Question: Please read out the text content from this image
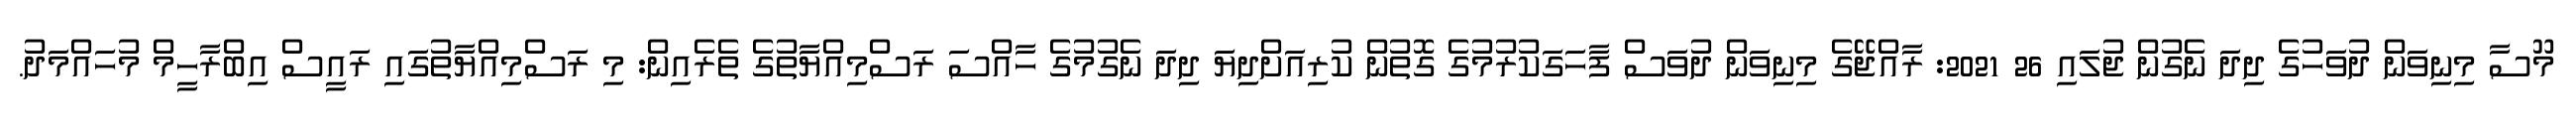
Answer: މޫސާ މިނިވަން ދުވަހުގެ ދިދަ ނެގުން ޖުލައި 26 2021: ރާއްޖޭގެ މިނިވަން ދުވަސް ފާހަގަކުރުމުގެ ގޮތުން ކުރިއަށްދިޔަ ދިދަ ނެގުމުގެ ހާއްސަ ރަސްމިއްޔާތުގެ ތެރެއިން: މި ރަސްމިއްޔާތުގައި ރައީސް އިބްރާހީމް މުހައްމަދު.